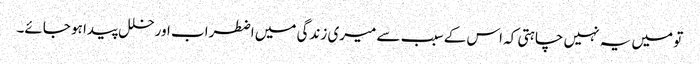
تو میں یہ نہیں چاہتی کہ اس کے سبب سے میری زندگی میں اضطراب اور خلل پیدا ہو جائے۔